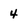
Character: 4